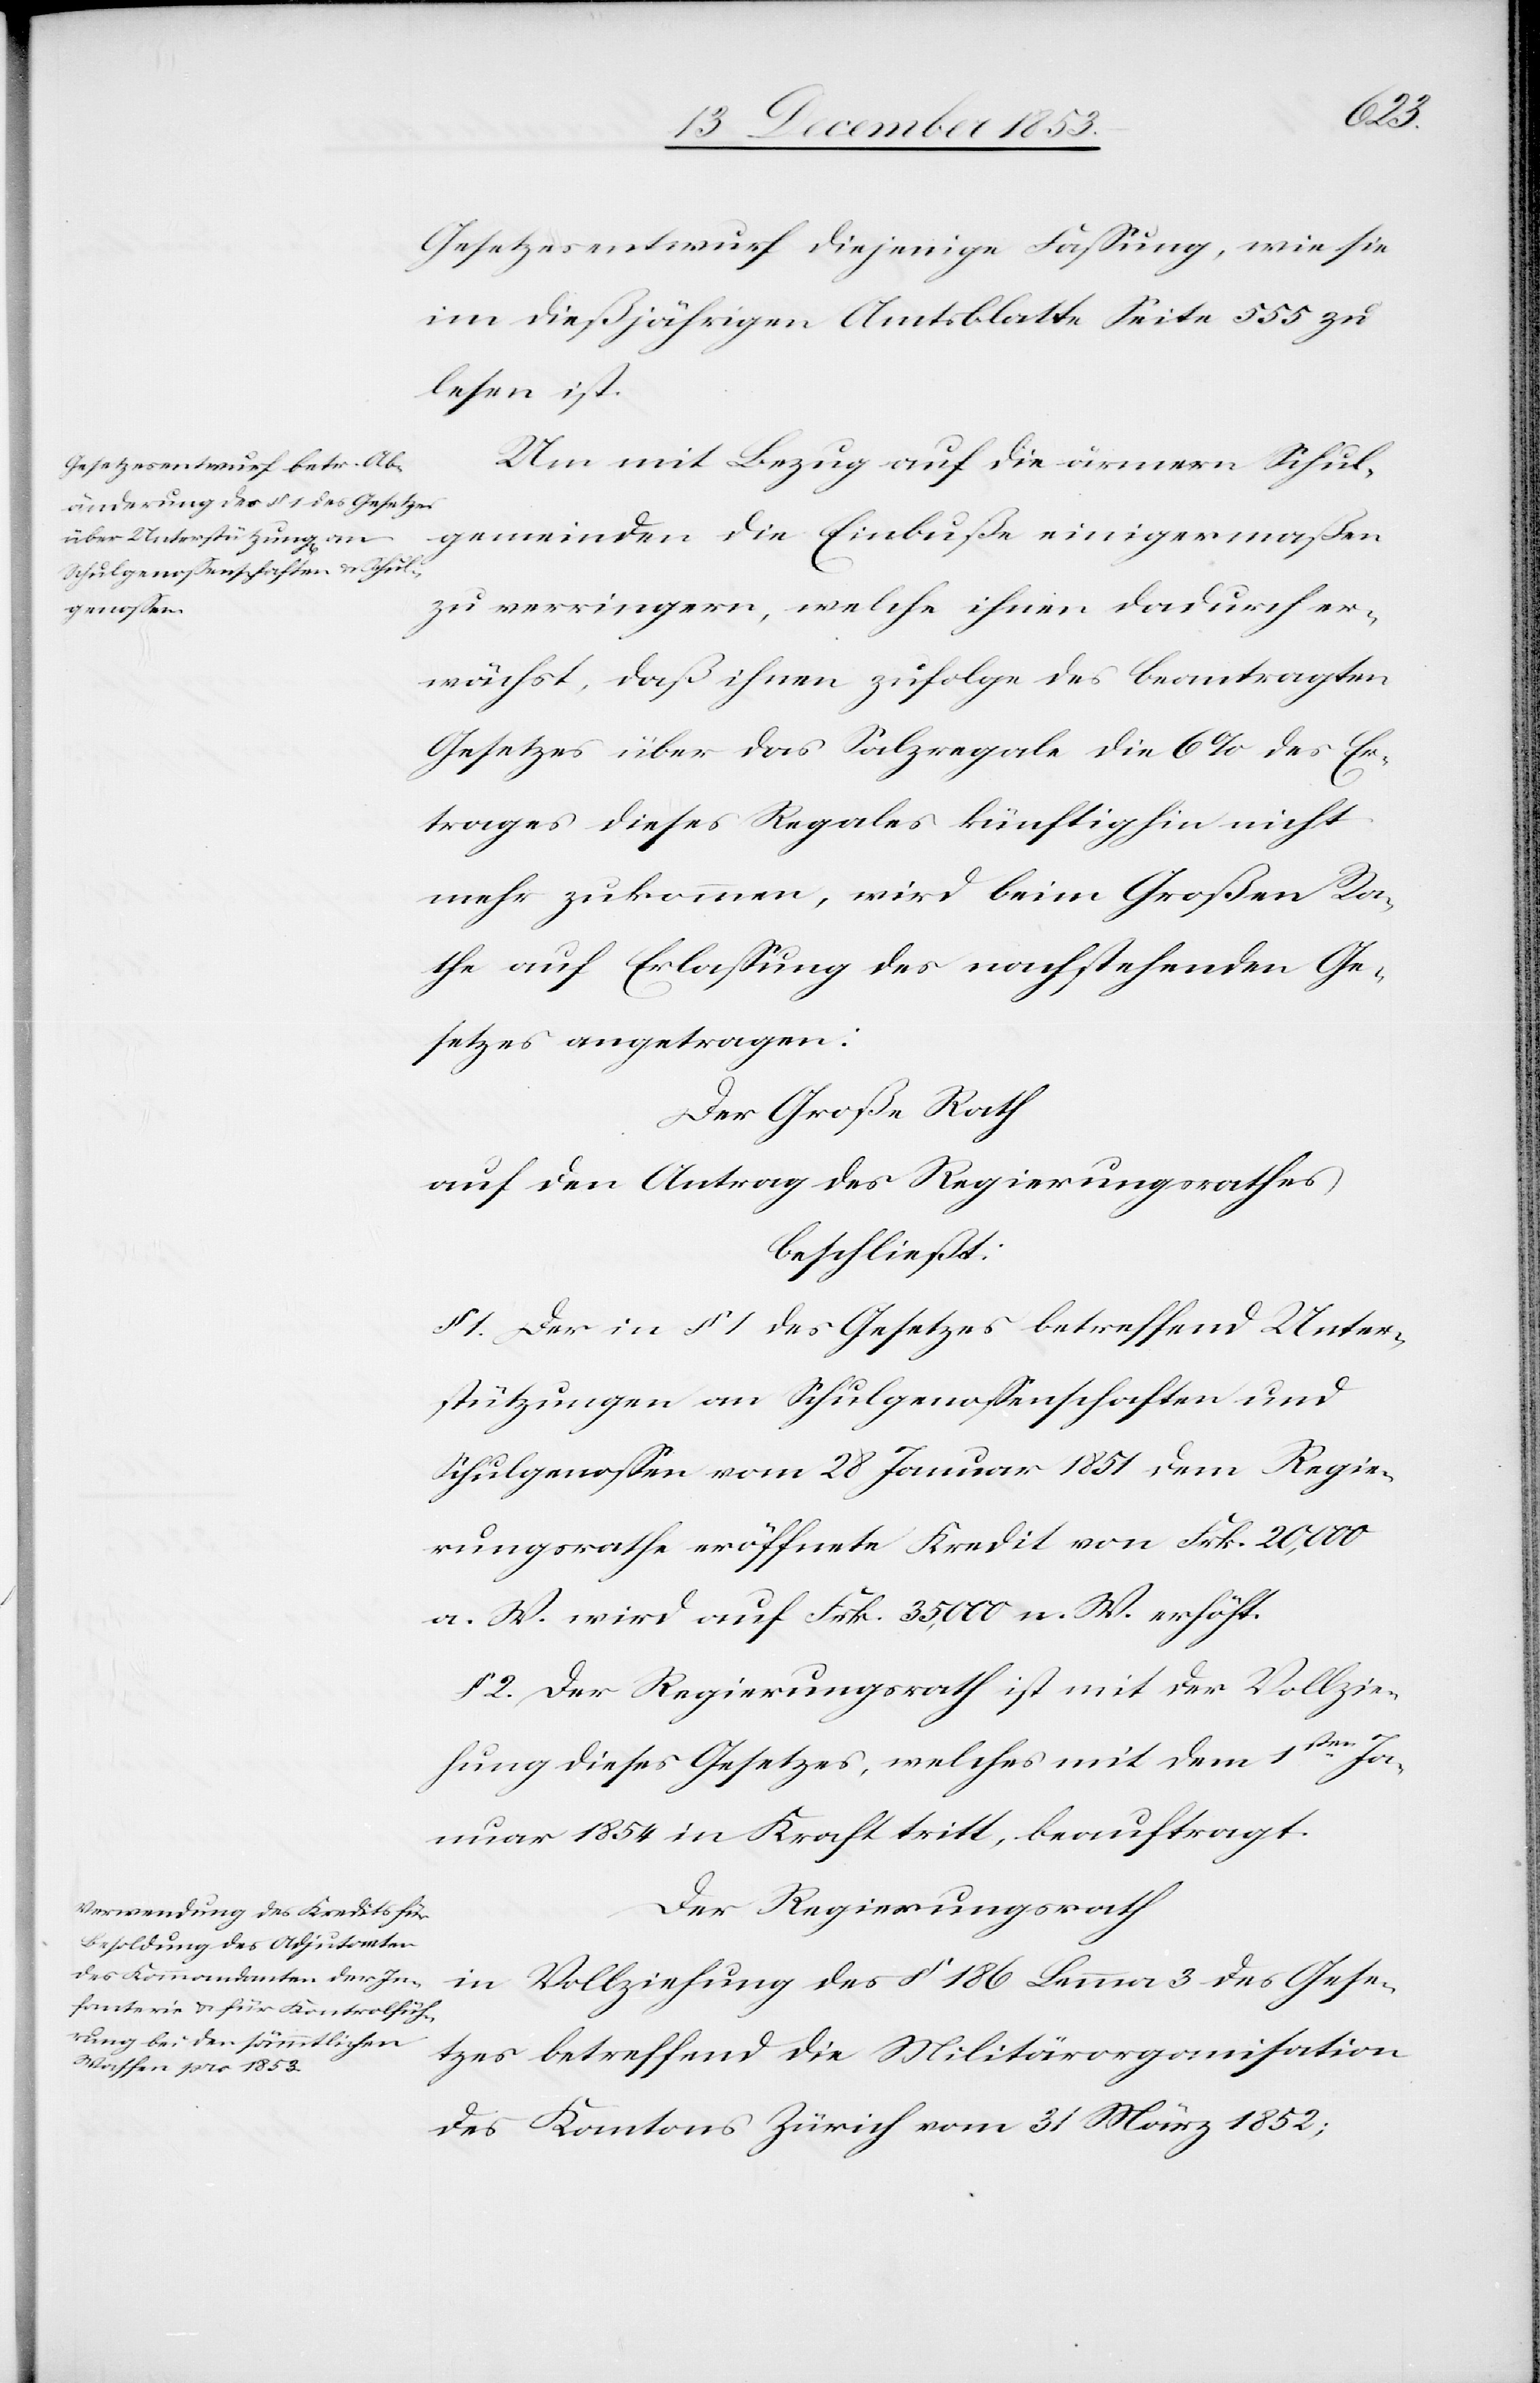
Gesetzesentwurf diejenige Faßung, wie sie
im dießjährigen Amtsblatte Seite 555 zu
lesen ist.
Um mit Bezug auf die ärmern Schul¬
gemeinden die Einbuße einigermaßen
zu verringern, welche ihnen dadurch er¬
wächst, daß ihnen zufolge des beantragten
Gesetzes über das Salzregale die 6% des Er¬
trages dieses Regales künftighin nicht
mehr zukommen, wird beim Großen Ra¬
the auf Erlaßung des nachstehenden Ge¬
setzes angetragen:
Der Große Rat
auf den Antrag des Regierungsrathes
beschließt:
§ 1. Der in § 1 des Gesetzes betreffend Unter¬
stützungen an Schulgenoßenschaften und
Schulgenoßen vom 28 Januar 1851 dem Regie¬
rungsrathe eröffnete Kredit von Frk. 20,000
a. W. wird auf Frk. 35,000 n. W. erhöht.
§ 2. Der Regierungsrath ist mit der Vollzie¬
hung dieses Gesetzes, welches mit dem 1sten Ja¬
nuar 1854 in Kraft tritt, beauftragt.
Der Regierungsrath
in Vollziehung des § 186 Lemma 3 des Gese¬
tzes betreffend die Militärorganisation
des Kantons Zürich vom 31 März 1852;